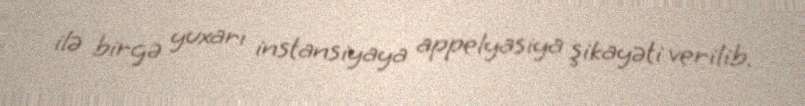
ilə birgə yuxarı instansiyaya appelyasiya şikayəti verilib.